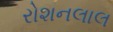
રોશનલાલ